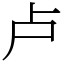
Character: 卢